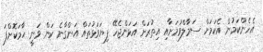
އެހެންކަމުން އެކަމަށް ސަމާލްވުމަށާއި އިތުރަށް އަޅަންޖެހޭ ފިޔަވަޅުތައް އަންގާނެ ކަން ވަނީ ޙާމަކޮށްފަ